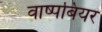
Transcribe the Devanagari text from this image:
वाष्पबियर